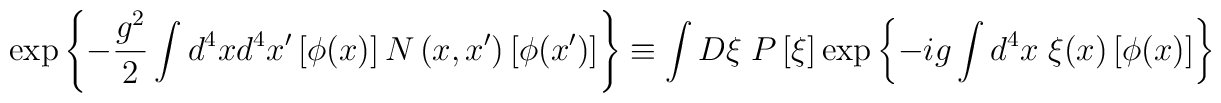
\exp \left\{ -\frac{g^2}2\int d^4xd^4x^{\prime }\left[ \phi (x)\right]N\left( x,x^{\prime }\right) \left[ \phi (x^{\prime })\right] \right\}\equiv \int D \xi \;P \left[ \xi \right] \exp \left\{ -ig\int d^4x\;\xi(x)\left[\phi (x)\right] \right\}